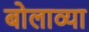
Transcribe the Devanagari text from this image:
बोलाव्या